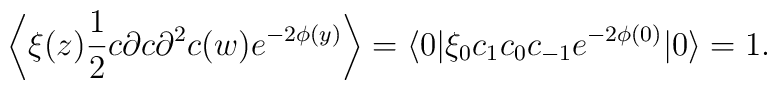
\left\langle\xi(z)\frac{1}{2}c\partial c\partial^2c(w)e^{-2\phi(y)}\right\rangle=\langle 0|\xi_0c_1c_0c_{-1}e^{-2\phi(0)}|0\rangle =1.